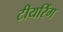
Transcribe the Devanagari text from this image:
टीयरिंग